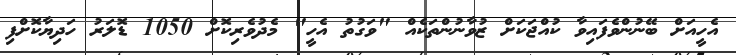
އެހީއަށް ބޭނުންވެފައިވާ ކުއްޖަކަށް ޒުވާނުންތަކެއް "ވަގުތު އެހީ" މެދުވެރިކޮށް 1050 ޑޮލަރު ހަދިޔާކޮށްފި